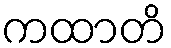
ကထာတိ